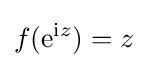
f(\mathrm {e} ^{\mathrm {i} z})=z